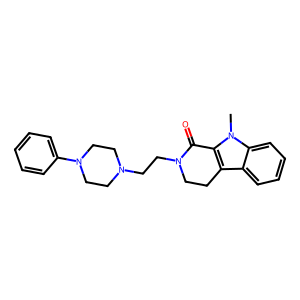
SMILES: Cn1c2c(c3ccccc31)CCN(CCN1CCN(c3ccccc3)CC1)C2=O
Inhibits HIV replication: No